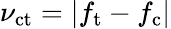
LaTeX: \nu_{\mathrm{ct}}=|f_{\mathrm{t}}-f_{\mathrm{c}}|